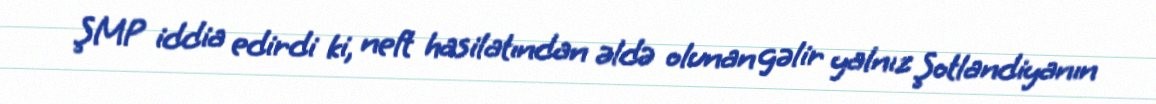
ŞMP iddia edirdi ki, neft hasilatından əldə olunan gəlir yalnız Şotlandiyanın